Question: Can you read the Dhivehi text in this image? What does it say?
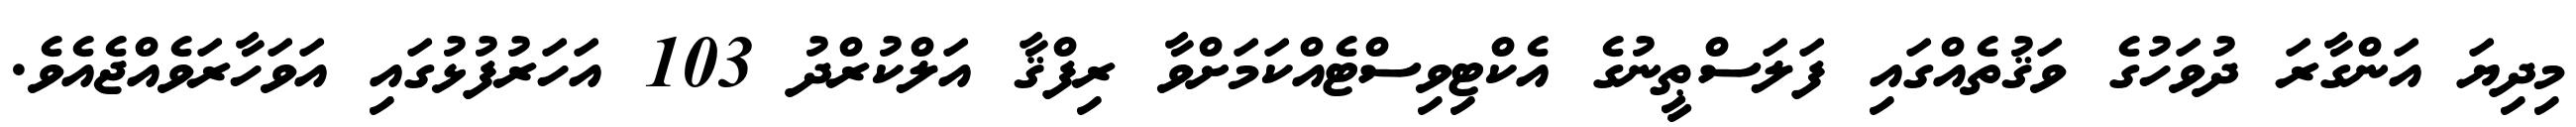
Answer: މިދިޔަ އަންގާރަ ދުވަހުގެ ވަޤުތެއްގައި ފަލަސްޠީނުގެ އެކްޓިވިސްޓެއްކަމަށްވާ ރިފްޤާ އަލްކުރްދު 103 އަހަރުފުޅުގައި އަވަހާރަވެއްޖެއެވެ.